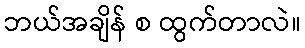
ဘယ်အချိန် စ ထွက်တာလဲ။